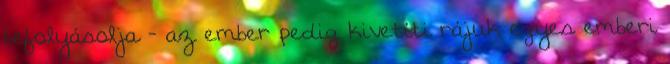
befolyásolja - az ember pedig kivetíti rájuk egyes emberi